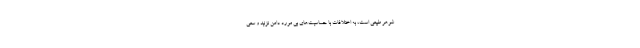
شوهر طبیعی است، به اختلافات با حساسیت‌های بی مورد دامن نزنید و سعی